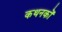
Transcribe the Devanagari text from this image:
कथनकों